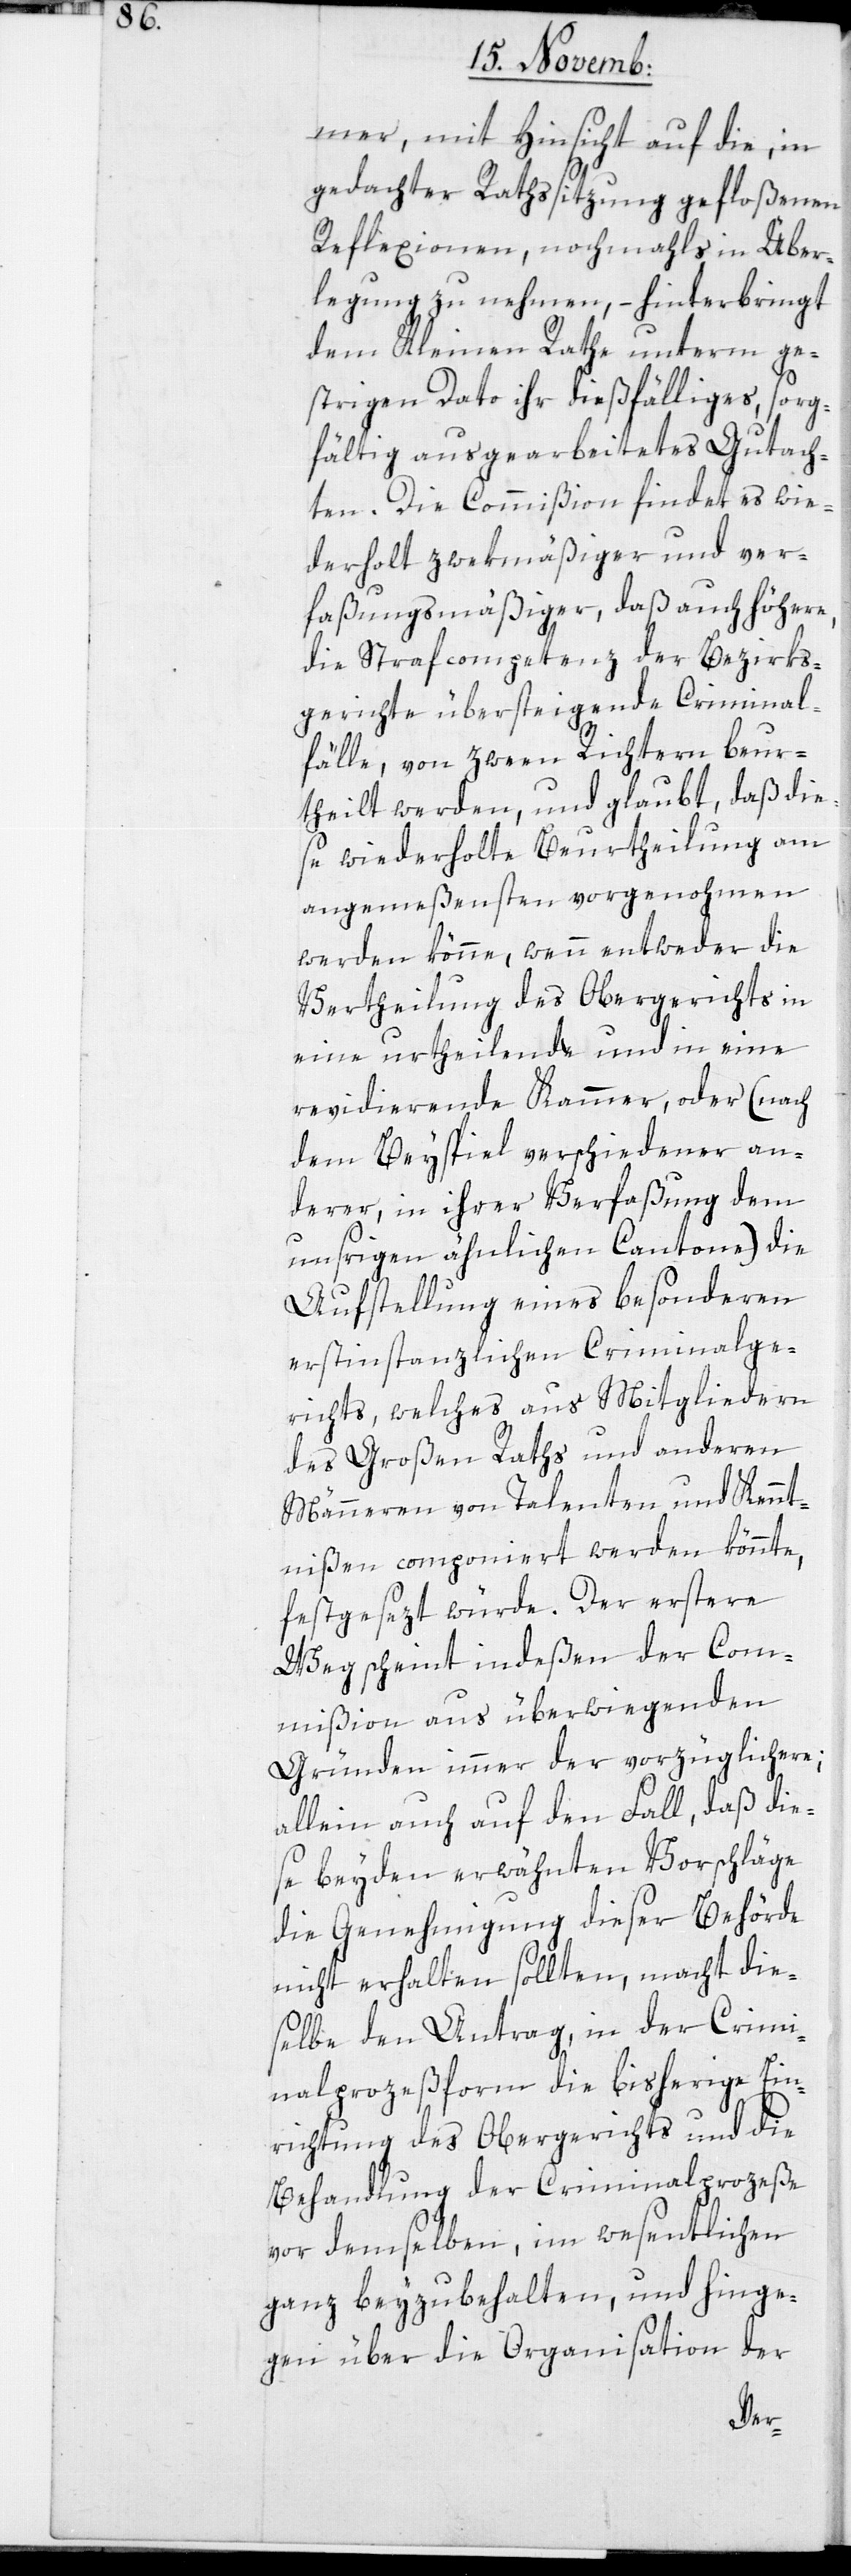
mer, mit Hinsicht auf die, in
gedachter Rathssitzung gefloßenen
Reflexionen, nochmahls in Über¬
legung zu nehmen, – hinterbringt
dem Kleinen Rathe unterm ge¬
strigen Dato ihr dießfälliges, sorg¬
fältig ausgearbeitetes Gutach¬
ten. Die Commißion findet es wie¬
derholt zwekmäßiger und ver¬
faßungsmäßiger, daß auch höhere,
die Strafcompetenz der Bezirks¬
gerichte übersteigende Criminal¬
fälle, von zween Richtern beur¬
theilt werden, und glaubt, daß die¬
se wiederholte Beurtheilung am
angemeßensten vorgenohmen
werden könne, wenn entweder die
Vertheilung des Obergerichts in
eine urtheilende und in eine
revidierende Kammer oder (nach
dem Beyspiel verschiedener an¬
derer, in ihrer Verfaßung dem
unsrigen ähnlichen Cantone) die
Aufstellung eines besonderen
erstinstanzlichen Criminalge¬
richts, welches aus Mitgliedern
des Großen Raths und anderen
Männeren von Talenten und Kennt¬
nißen componiert werden könnte,
festgesezt würde. Der erstere
Weg scheint indeßen der Com¬
mißion aus überwiegenden
Gründen immer der vorzüglichere;
allein auch auf den Fall, daß die¬
se beyden erwähnten Vorschläge
die Genehmigung dieser Behörde
nicht erhalten sollten, macht die¬
selbe den Antrag, in der Crimi¬
nalprozeßform die bisherige Ein¬
richtung des Obergerichts und die
Behandlung der Criminalprozeße
vor demselben, im Wesentlichen
ganz beyzubehalten, und hinge¬
gen über die Organisation der